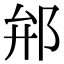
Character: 𨚕